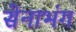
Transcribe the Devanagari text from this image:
सेनाभंग